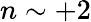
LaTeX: n\sim+2